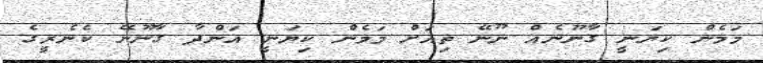
މަމެން ކިޔަނީ ގާނޫނެއް ނޫނޭ ތިއަށް މަމެން ކިޔަނީ އަންދާ ގާނޫނޭ ކެނެރީގެ